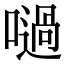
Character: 㗻